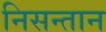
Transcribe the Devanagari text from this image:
निसन्तान